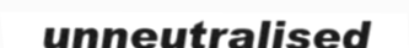
unneutralised